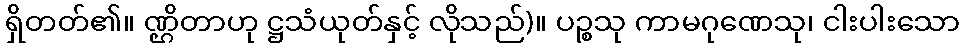
ရှိတတ်၏။ ဏ္ဌိတာဟု ဋ္ဌသံယုတ်နှင့် လိုသည်)။ ပဉ္စသု ကာမဂုဏေသု၊ ငါးပါးသော